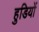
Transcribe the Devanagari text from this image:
हुडियों